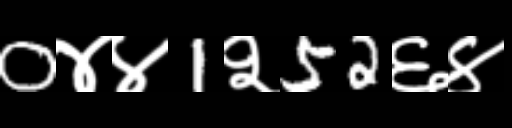
Text: 0४४1२52६४